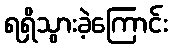
ရရှိသွားခဲ့ကြောင်း